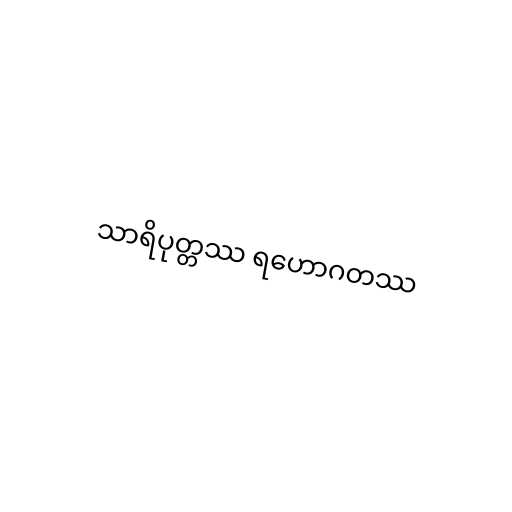
သာရိပုတ္တဿ ရဟောဂတဿ